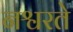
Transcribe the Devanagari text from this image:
नश्वरते